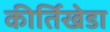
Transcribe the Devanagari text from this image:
कीर्तिखेडा